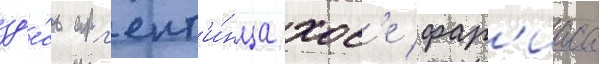
зд'е́сь арг'ент'и́нца хос'е фар'иаса